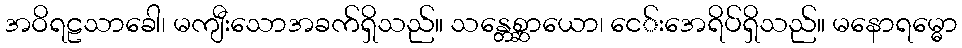
အဝိရဠသာခေါ၊ မကျီးသောအခက်ရှိသည်။ သန္တေစ္ဆာယော၊ ငေ်းအေရိပ်ရှိသည်။ မနောရမ္ဓော